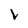
Character: V